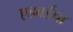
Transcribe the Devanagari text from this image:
एडवर्डचा